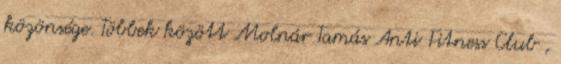
közönsége. Többek között Molnár Tamás Anti Fitness Club ,